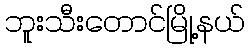
ဘူးသီးတောင်မြို့နယ်